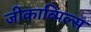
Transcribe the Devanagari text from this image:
जीकाब्पिल्स